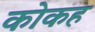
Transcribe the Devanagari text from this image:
कोकह